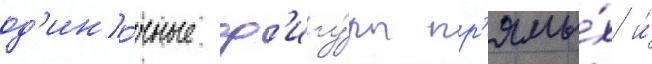
од'ино́чные ф'игу́ры пр'ямы́х и́